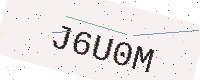
Text: J6U0M